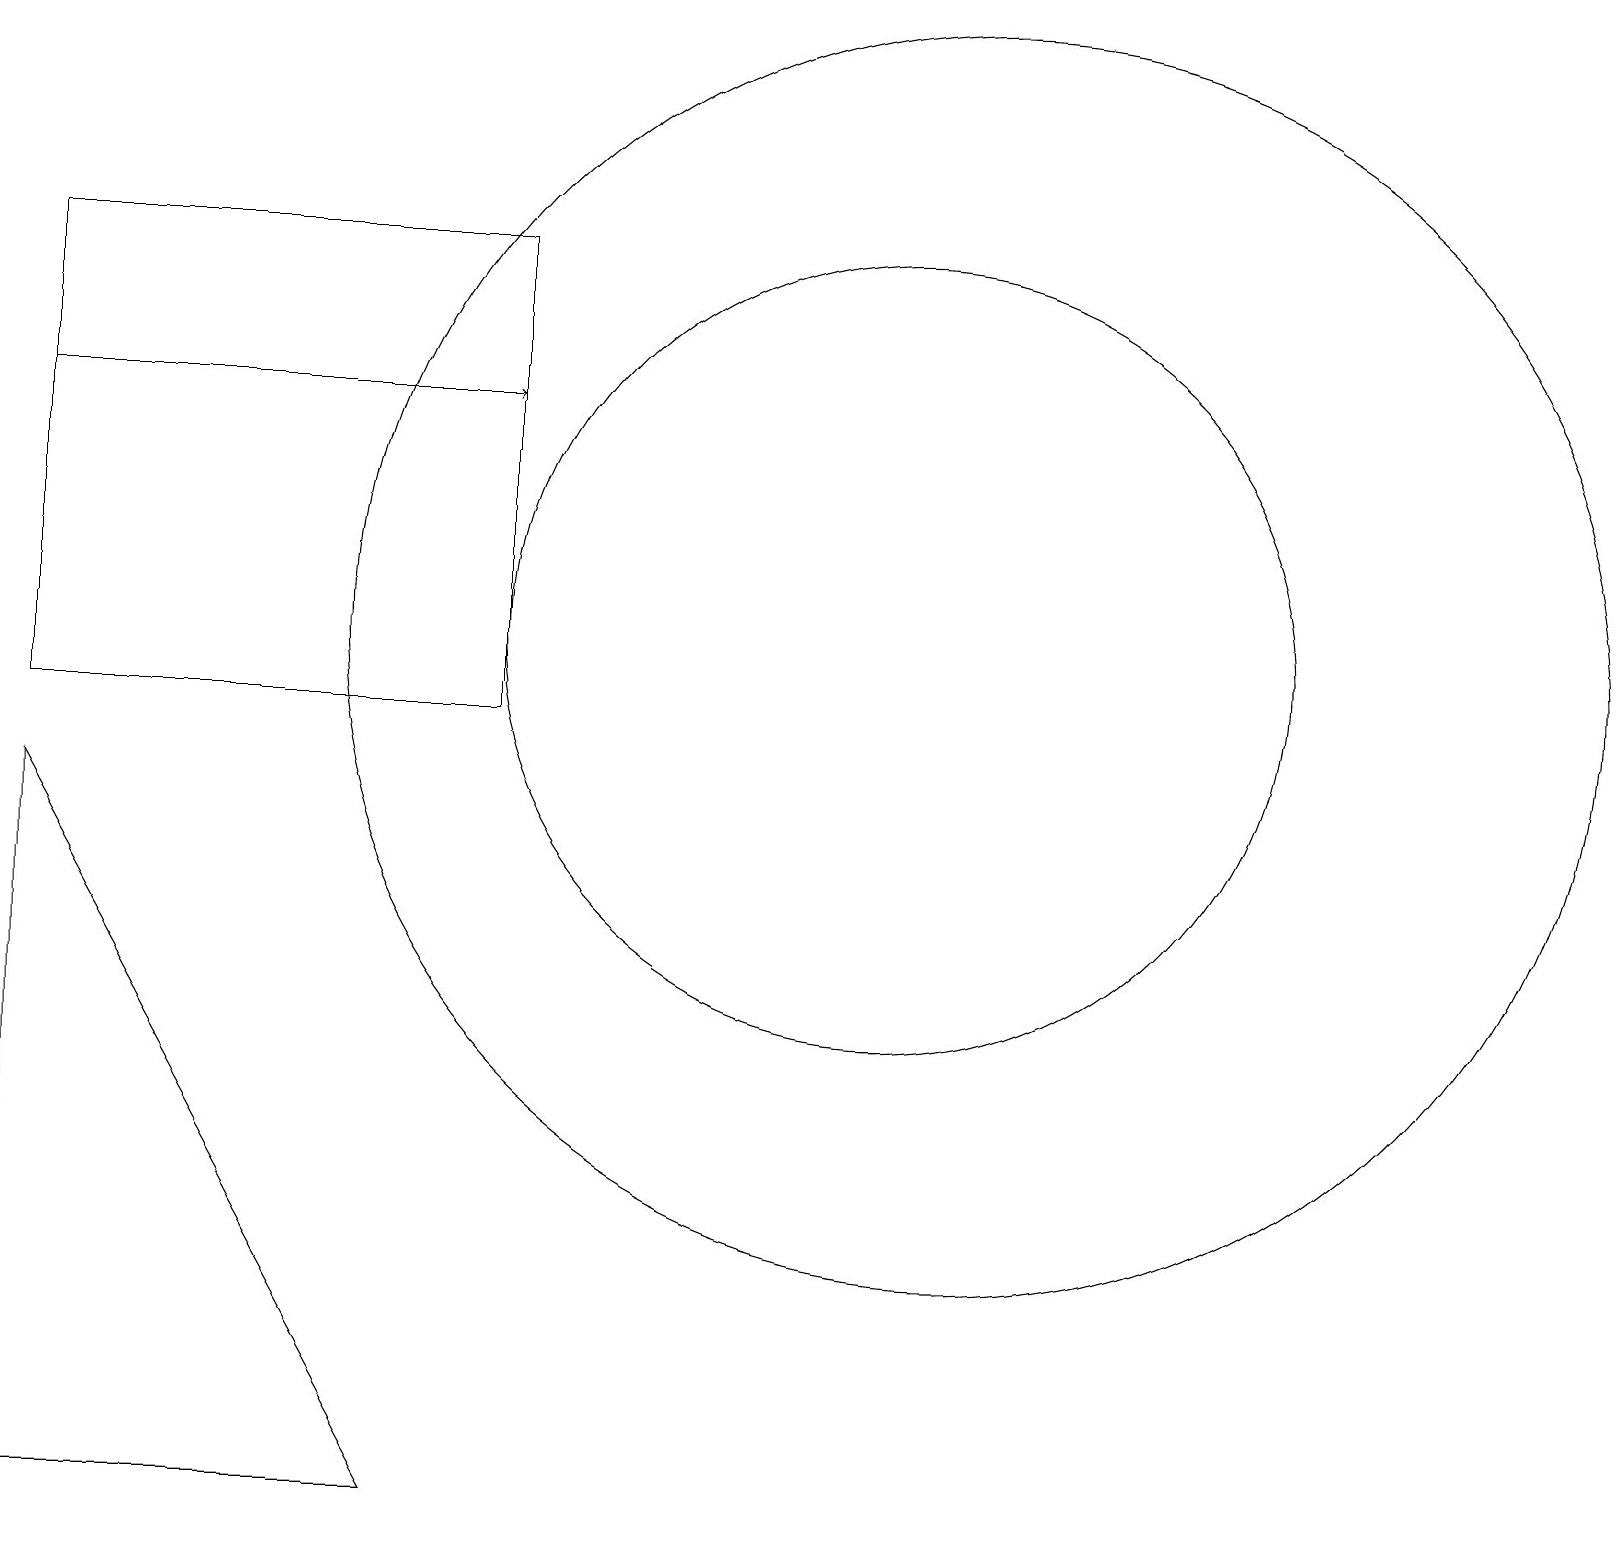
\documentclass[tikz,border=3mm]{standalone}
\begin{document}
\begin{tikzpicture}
\draw (12,11) circle (8);
\draw (6,16) rectangle (0,10);
\draw (11,10) circle (0);
\draw[->] (0,14) -- (6,14);
\draw (5,0) -- (0,0) -- (0,9) -- cycle;
\draw (11,11) circle (5);
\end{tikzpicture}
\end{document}